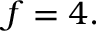
f = 4 .